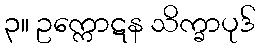
၃။ ဥက္ကောဋန သိက္ခာပုဒ်